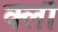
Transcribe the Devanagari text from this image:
क्लौ